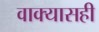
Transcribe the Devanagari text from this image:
वाक्यासही